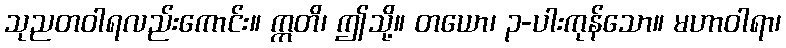
သုညတဝါရလည်းကောင်း။ ဣတိ၊ ဤသို့။ တယော၊ ၃-ပါးကုန်သော။ မဟာဝါရာ၊